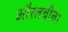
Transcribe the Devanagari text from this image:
औरलचीला